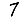
Digit: 7